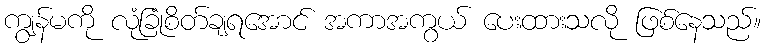
ကျွန်မကို လုံခြုံစိတ်ချရအောင် အကာအကွယ် ပေးထားသလို ဖြစ်နေသည်။